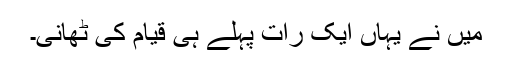
میں نے یہاں ایک رات پہلے ہی قیام کی ٹھانی۔